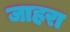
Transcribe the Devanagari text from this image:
जाहरा